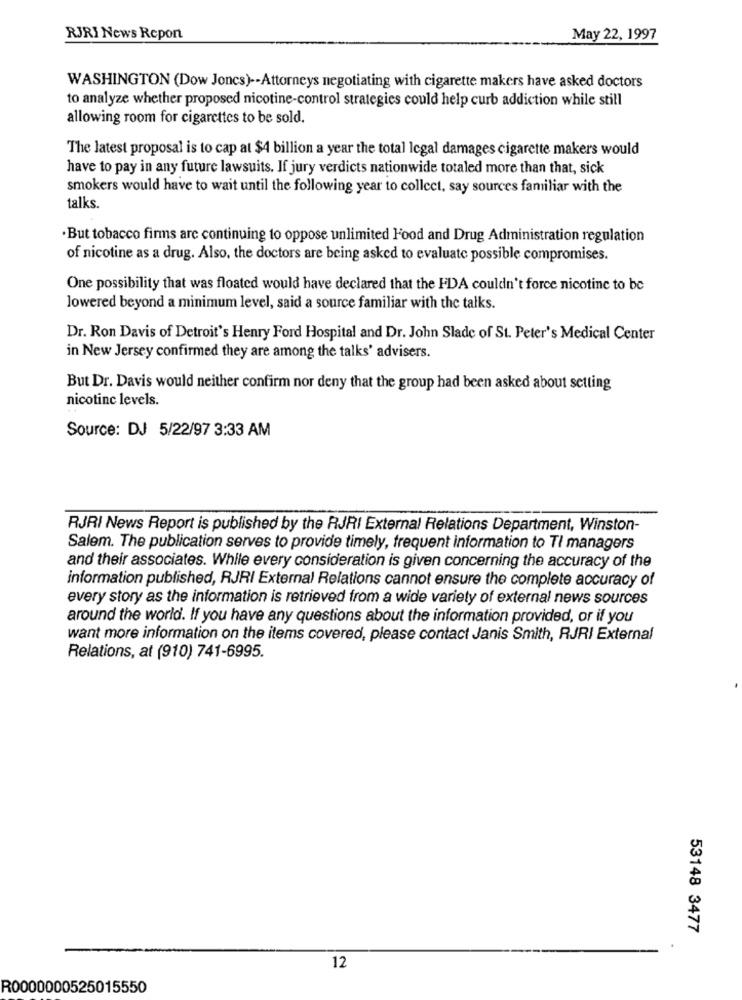
RJRI News Report
May 22, 1997
WASHINGTON (Dow Jones) -- Attorneys negotiating with cigarette makers have asked doctors
to analyze whether proposed nicotine-control strategies could help curb addiction while still
allowing room for cigarettes to be sold.
The latest proposal is to cap at $4 billion a year the total Icgal damages cigarette makers would
have to pay in any future lawsuits. If jury verdicts nationwide totaled more than that, sick
smokers would have to wait until the following year to collect, say sources familiar with the
talks.
·But tobacco firms are continuing to oppose unlimited Food and Drug Administration regulation
of nicotine as a drug. Also, the doctors are being asked to evaluate possible compromises.
One possibility that was floated would have declared that the FDA couldn't force nicotine to be
lowered beyond a minimum level, said a source familiar with the talks.
Dr. Ron Davis of Detroit's Henry Ford Hospital and Dr. John Slade of St. Peter's Medical Center
in New Jersey confirmed they are among the talks' advisers.
But Dr. Davis would neither confirm nor deny that the group had been asked about setting
nicotine levels.
Source: DJ 5/22/97 3:33 AM
RJRI News Report is published by the RJRI External Relations Department, Winston-
Salem. The publication serves to provide timely, frequent information to TI managers
and their associates. While every consideration is given concerning the accuracy of the
information published, RJRI External Relations cannot ensure the complete accuracy of
every story as the information is retrieved from a wide variety of external news sources
around the world. If you have any questions about the information provided, or if you
want more information on the items covered, please contact Janis Smith, RJRI External
Relations, at (910) 741-6995.
53148 3477
12
R0000000525015550